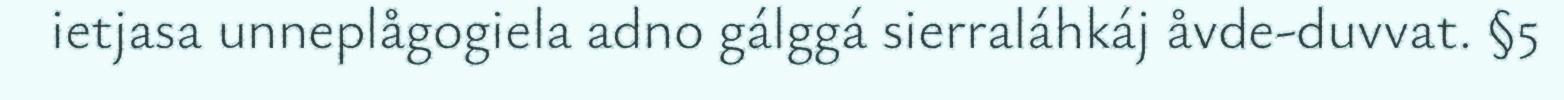
ietjasa unneplågogiela adno gálggá sierraláhkáj åvde-duvvat. §5